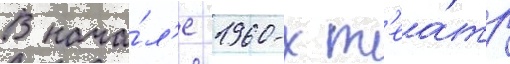
В нача́л'е 1960-х т'еа́тр